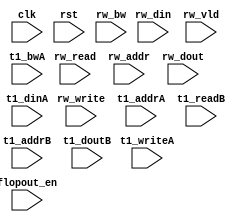
module algo_1rw_b702_sva_wrap
#(parameter IP_WIDTH = 32, parameter IP_BITWIDTH = 5, parameter IP_DECCBITS = 7, parameter IP_NUMADDR = 8192, parameter IP_BITADDR = 13, 
parameter IP_NUMVBNK = 4,	parameter IP_BITVBNK = 2, parameter IP_BITPBNK = 3,
parameter IP_ENAECC = 0, parameter IP_ENAPAR = 0, parameter IP_SECCBITS = 4, parameter IP_SECCDWIDTH = 3, 
parameter FLOPECC = 0, parameter FLOPIN = 0, parameter FLOPOUT = 0, parameter FLOPCMD = 0, parameter FLOPMEM = 0,

parameter T1_WIDTH = 64, parameter T1_NUMVBNK = 1, parameter T1_BITVBNK = 1, parameter T1_DELAY = 1,
parameter T1_BITWSPF = 0, parameter T1_NUMWRDS = 1, parameter T1_BITWRDS = 1,  parameter T1_NUMSROW = 4096, parameter T1_BITSROW = 12, parameter T1_PHYWDTH = 128,
parameter T1_NUMVROW = 8192, parameter T1_BITVROW = 13
)

(clk, rst, rw_read, rw_write, rw_addr, rw_bw, rw_din, rw_dout, rw_vld, flopout_en,
 t1_writeA, t1_addrA, t1_dinA, t1_bwA, t1_readB, t1_addrB, t1_doutB);

  parameter WIDTH = IP_WIDTH;
  parameter BITWDTH = IP_BITWIDTH;
  parameter ENAPAR = IP_ENAPAR;
  parameter ENAECC = IP_ENAECC;
  parameter ECCWDTH = IP_DECCBITS;
  parameter NUMRDPT = 1;
  parameter NUMADDR = IP_NUMADDR;
  parameter BITADDR = IP_BITADDR;
  parameter NUMVROW = T1_NUMVROW;
  parameter BITVROW = T1_BITVROW;
  parameter NUMVBNK = IP_NUMVBNK;
  parameter BITVBNK = IP_BITVBNK;
  parameter SRAM_DELAY = T1_DELAY;
  parameter NUMWRDS = T1_NUMWRDS;      // ALIGN Parameters
  parameter BITWRDS = T1_BITWRDS;
  parameter NUMSROW = T1_NUMSROW;
  parameter BITSROW = T1_BITSROW;      
  parameter PHYWDTH = T1_PHYWDTH;
  parameter BITPADR = BITVBNK+BITSROW+BITWRDS+1;
  parameter FLOPWTH = FLOPOUT>0?FLOPOUT:1;

  input                                            rw_write;
  input                                            rw_read;
  input [BITADDR-1:0]                              rw_addr;
  input [WIDTH-1:0]                                rw_bw;
  input [WIDTH-1:0]                                rw_din;

  input                                           rw_vld;
  input [WIDTH-1:0]                               rw_dout;

  input                                            clk, rst;
  
  input [FLOPWTH-1:0]                             flopout_en;

  input [NUMRDPT*NUMVBNK-1:0]                     t1_writeA;
  input [NUMRDPT*NUMVBNK*BITSROW-1:0]   		   t1_addrA;
  input [NUMRDPT*NUMVBNK*PHYWDTH-1:0]             t1_dinA;
  input [NUMRDPT*NUMVBNK*PHYWDTH-1:0]             t1_bwA;

  input [NUMRDPT*NUMVBNK-1:0]                     t1_readB;
  input [NUMRDPT*NUMVBNK*BITSROW-1:0]   		   t1_addrB;
  input  [NUMRDPT*NUMVBNK*PHYWDTH-1:0]             t1_doutB;


 
endmodule    //algo_1rw_b702_sva_wrap